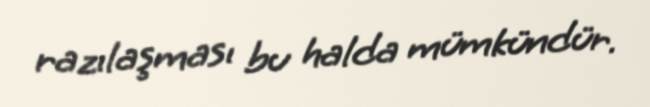
razılaşması bu halda mümkündür.